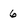
Character: 6